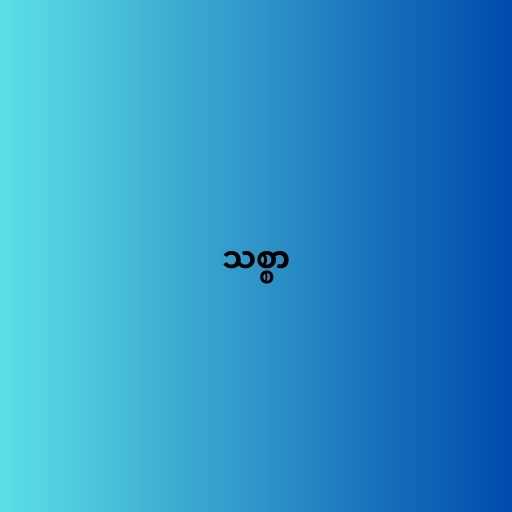
သစ္စာ